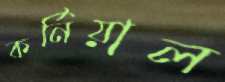
কর্নিয়াল